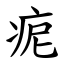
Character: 痆